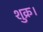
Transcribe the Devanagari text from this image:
शुक्र।